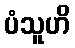
ပံသူဟိ